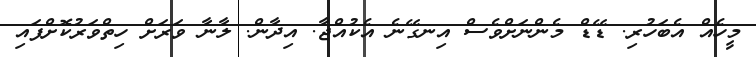
މީހެއް އެބަހުރި. ޑޭޑް މެންނަށްވެސް އިނގޭނެ އެކުއްޖާ. އިދާން. ލާނާ ވަރަށް ހިތްވަރުކޮށްފައި